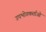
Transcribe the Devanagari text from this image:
उपभोगकर्ताओ